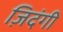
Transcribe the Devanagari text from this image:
ज़िदंगी